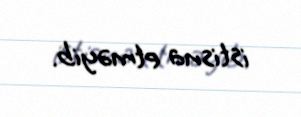
istisna etməyib.